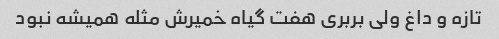
تازه و داغ ولی بربری هفت گیاه خمیرش مثله همیشه نبود